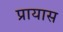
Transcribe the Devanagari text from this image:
प्रायास